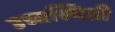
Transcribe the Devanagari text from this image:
उच्चस्थिती